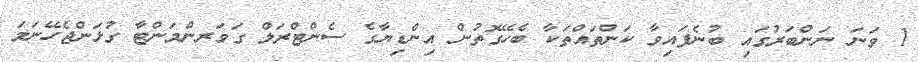
1 ވަނަ ނަންބަރުގައި ބުނެފައިވާ ކަންތައްތަކާ ބެހޭގޮތުން އިންޑިޔާގެ ސެންޓްރަލް ގަވަރންމަންޓާ ގުޅަންޖެހޭނަމަ